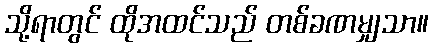
သို့ရာတွင် ထိုအထင်သည် တစ်ခဏမျှသာ။